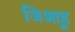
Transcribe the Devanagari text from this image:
जिआहु